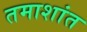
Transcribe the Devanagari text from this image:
तमाशांत